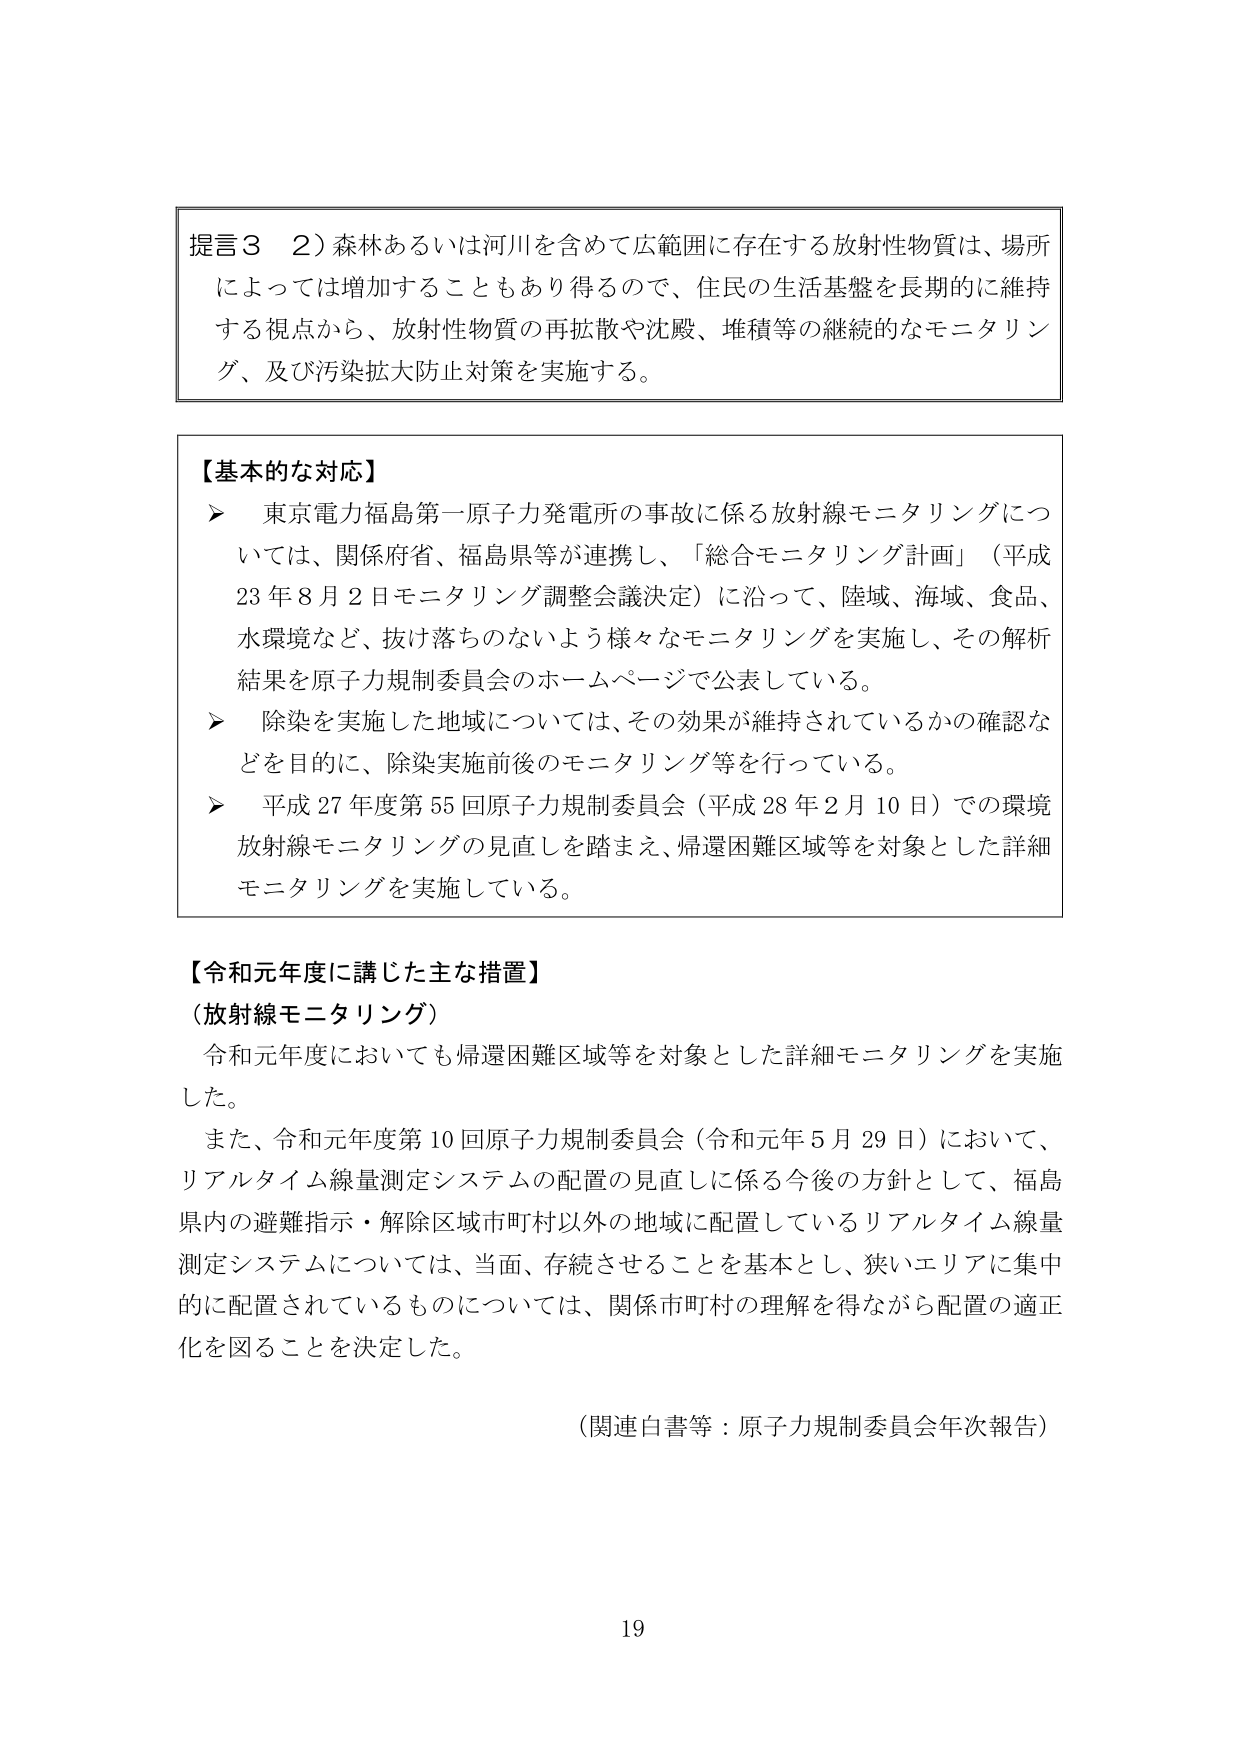
提言３　２）森林あるいは河川を含めて広範囲に存在する放射性物質は、場所によっては増加することもあり得るので、住民の生活基盤を長期的に維持する視点から、放射性物質の再拡散や沈殿、堆積等の継続的なモニタリング、及び汚染拡大防止対策を実施する。

【基本的な対応】
➤　東京電力福島第一原子力発電所の事故に係る放射線モニタリングについては、関係府省、福島県等が連携し、「総合モニタリング計画」（平成23年8月2日モニタリング調整会議決定）に沿って、陸域、海域、食品、水環境など、抜け落ちのないよう様々なモニタリングを実施し、その解析結果を原子力規制委員会のホームページで公表している。
➤　除染を実施した地域については、その効果が維持されているかの確認などを目的に、除染実施前後のモニタリング等を行っている。
➤　平成27年度第55回原子力規制委員会（平成28年2月10日）での環境放射線モニタリングの見直しを踏まえ、帰還困難区域等を対象とした詳細モニタリングを実施している。

【令和元年度に講じた主な措置】
（放射線モニタリング）
　令和元年度においても帰還困難区域等を対象とした詳細モニタリングを実施した。
　また、令和元年度第10回原子力規制委員会（令和元年5月29日）において、リアルタイム線量測定システムの配置の見直しに係る今後の方針として、福島県内の避難指示・解除区域市町村以外の地域に配置しているリアルタイム線量測定システムについては、当面、存続させることを基本とし、狭いエリアに集中的に配置されているものについては、関係市町村の理解を得ながら配置の適正化を図ることを決定した。

（関連白書等：原子力規制委員会年次報告）

19